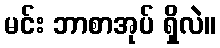
မင်း ဘာစာအုပ် ရှိလဲ။